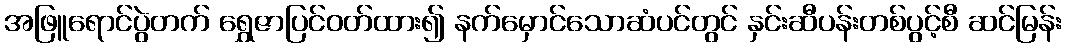
အဖြူရောင်ပွဲတက် ရွှေဇာပြင်ဝတ်ထား၍ နက်မှောင်သောဆံပင်တွင် နှင်းဆီပန်းတစ်ပွင့်စီ ဆင်မြန်း